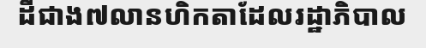
ដីជាង៧លានហិកតាដែលរដ្ឋាភិបាល